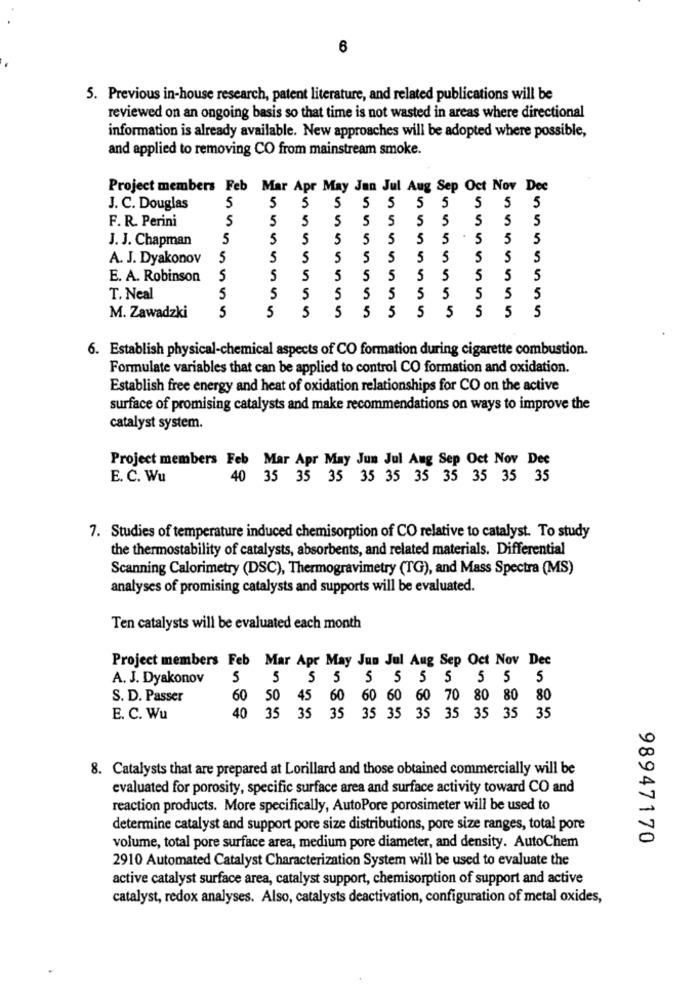
6
5. Previous in-house research, patent literature, and related publications will be
reviewed on an ongoing basis so that time is not wasted in areas where directional
information is already available. New approaches will be adopted where possible,
and applied to removing CO from mainstream smoke.
Project members Feb Mar Apr May Jun Jul Aug Sep Oct Nov Dee
5
5
5
5
5
J. C. Douglas
5
5
5
5
5
5
F. R. Perini
5
5
5
5
5
5
5
5
5
5
J. J. Chapman
5
5
5
5
5
5
5
5
5
5
5
A. J. Dyakonov
5
5
5
5
5
5
5
5
5
S
5
E. A. Robinson
5
5
5
5
5
5
5
5
5
5
5
T. Neal
5
5
5
5
5
5
5
5
5
5
5
5
5
5
5
5
5
5
5
5
5
5
M. Zawadzki
6. Establish physical-chemical aspects of CO formation during cigarette combustion.
Formulate variables that can be applied to control CO formation and oxidation.
Establish free energy and heat of oxidation relationships for CO on the active
surface of promising catalysts and make recommendations on ways to improve the
catalyst system.
Project members Feb Mar Apr May Jun Jul Aug Sep Oct Nov Dec
E. C. Wu
40 35 35 35 35 35 35 35 35 35 35
7. Studies of temperature induced chemisorption of CO relative to catalyst. To study
the thermostability of catalysts, absorbents, and related materials. Differential
Scanning Calorimetry (DSC), Thermogravimetry (TG), and Mass Spectra (MS)
analyses of promising catalysts and supports will be evaluated.
Ten catalysts will be evaluated each month
Project members Feb Mar Apr May Jun Jul Aug Sep Oct Nov Dec
A. J. Dyakonov
5
5 5 5 5 5 5 5 5 5 5
S. D. Passer
60 50 45 60 60 60 60 70 80 80 80
E. C. Wu
40 35 35 35 35 35 35 35 35 35 35
8. Catalysts that are prepared at Lorillard and those obtained commercially will be
evaluated for porosity, specific surface area and surface activity toward CO and
reaction products. More specifically, AutoPore porosimeter will be used to
determine catalyst and support pore size distributions, pore size ranges, total pore
98947170
volume, total pore surface area, medium pore diameter, and density. AutoChem
2910 Automated Catalyst Characterization System will be used to evaluate the
active catalyst surface area, catalyst support, chemisorption of support and active
catalyst, redox analyses. Also, catalysts deactivation, configuration of metal oxides,